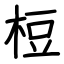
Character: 梪